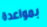
بمواعدة